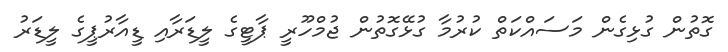
ގޮތުން ގުޅިގެން މަސައްކަތް ކުރުމާ ގުޅޭގޮތުން ޖުމްހޫރީ ޕާޓީގެ ލީޑަރާއި ޑީއާރުޕީގެ ލީޑަރު